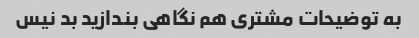
به توضیحات مشتری هم نگاهی بندازید بد نیس